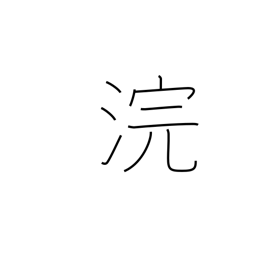
Meaning: wash